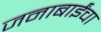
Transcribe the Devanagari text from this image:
जनाबाईंचा